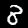
Label: 8